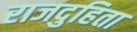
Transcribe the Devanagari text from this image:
राजदुहिता